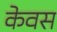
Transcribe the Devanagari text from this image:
केवस